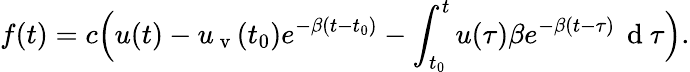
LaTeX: f(t)=c\Bigl(u(t)-u_{\mathrm{~v~}}(t_{0})e^{-\beta(t-t_{0})}-\int_{t_{0}}^{t}u(\tau)\beta e^{-\beta(t-\tau)}\, \mathrm{~d~}\tau\Bigr).